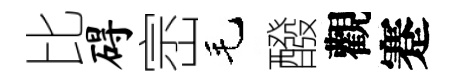
比碍崈毛醱觀蹇